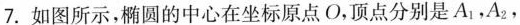
7.如图所示，椭圆的中心在坐标原点O，顶点分别是A_{1}，A_{2}，